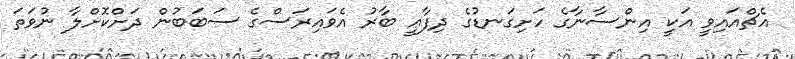
އެޗްއައިވީ އަކީ އިންސާނާގެ ހަށިގަނޑުގެ ދިފާޢީ ބާރު އެވައިރަސްގެ ސަބަބުން ދަށްކޮށްލާ ނުވަތަ